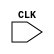
`timescale 1ns / 1ps
//////////////////////////////////////////////////////////////////////////////////
// Company: 
// Engineer: 
// 
// Design Name: 
// Module Name: Test_Data_Cache
// Project Name: 
// Target Devices: 
// Tool Versions: 
// Description: 
// 
// Dependencies: 
// 
// Revision:
// Revision 0.01 - File Created
// Additional Comments:
// 
//////////////////////////////////////////////////////////////////////////////////


module Test_Data_Cache(
    input CLK
    );
endmodule